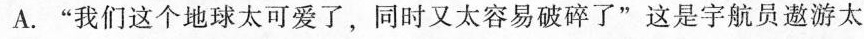
A.”我们这个地球太可爱了，同时又太容易破碎了”这是宇航员遨游太